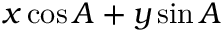
x \cos A + y \sin A